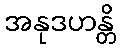
အနုဒဟန္တိ